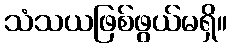
သံသယဖြစ်ဖွယ်မရှိ။